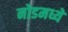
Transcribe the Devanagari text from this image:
नोडमध्ये